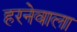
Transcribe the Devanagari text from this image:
हरनेवाला